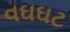
વઘઘટ